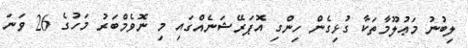
ލިބުނު މަޢުލޫމާތަކާ ގުޅިގެން ހިންގި އޮޕަރޭޝަނެއްގައި މި ނޮވެމްބަރު މަހުގެ 26 ވަނަ